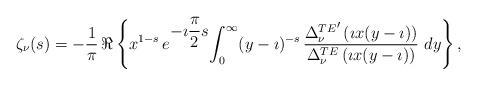
LaTeX: \begin{align*}\begin{array}{c} \zeta_\nu(s)= \displaystyle{-\frac{1}{\pi}}\,\Re \left\{ x^{1-s}\, e^{\displaystyle{-\imath \frac{\pi}{2}s}} \displaystyle{\int_0^\infty} (y-\imath)^{-s}\, \displaystyle{\frac{{\Delta^{TE}_\nu}' \left(\imath x(y-\imath)\right)} {\Delta^{TE}_\nu \left(\imath x(y-\imath)\right)}} \ dy \right\},\end{array}\end{align*}